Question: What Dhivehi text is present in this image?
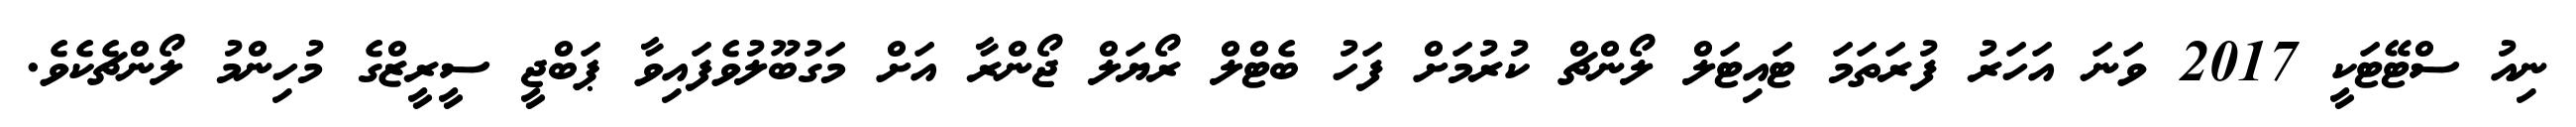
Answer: ނިއު ސްޓޭޓަކީ 2017 ވަނަ އަހަރު ފުރަތަމަ ޓައިޓަލް ލޯންޗް ކުރުމަށް ފަހު ބެޓްލް ރޯޔަލް ޖޯންރާ އަށް މަގުބޫލުވެފައިވާ ޕަބްޖީ ސީރީޒްގެ މުހިންމު ލޯންޗެކެވެ.